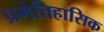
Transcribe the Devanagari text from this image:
प्रगेतिहासिक